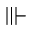
\Vvdash